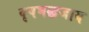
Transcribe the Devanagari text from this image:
वृषभद्धजाय